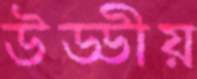
উড্ডীয়